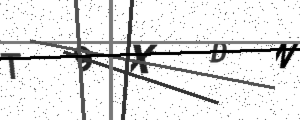
Text: T9XDN